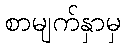
စာမျက်နှာမှ